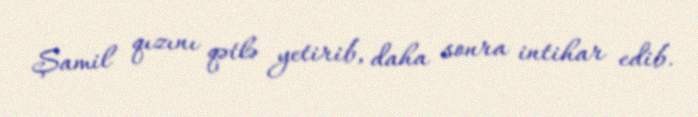
Şamil qızını qətlə yetirib, daha sonra intihar edib.